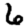
Digit: 6